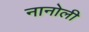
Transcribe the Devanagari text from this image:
नानोली